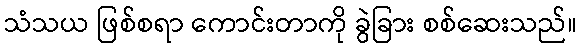
သံသယ ဖြစ်စရာ ကောင်းတာကို ခွဲခြား စစ်ဆေးသည်။